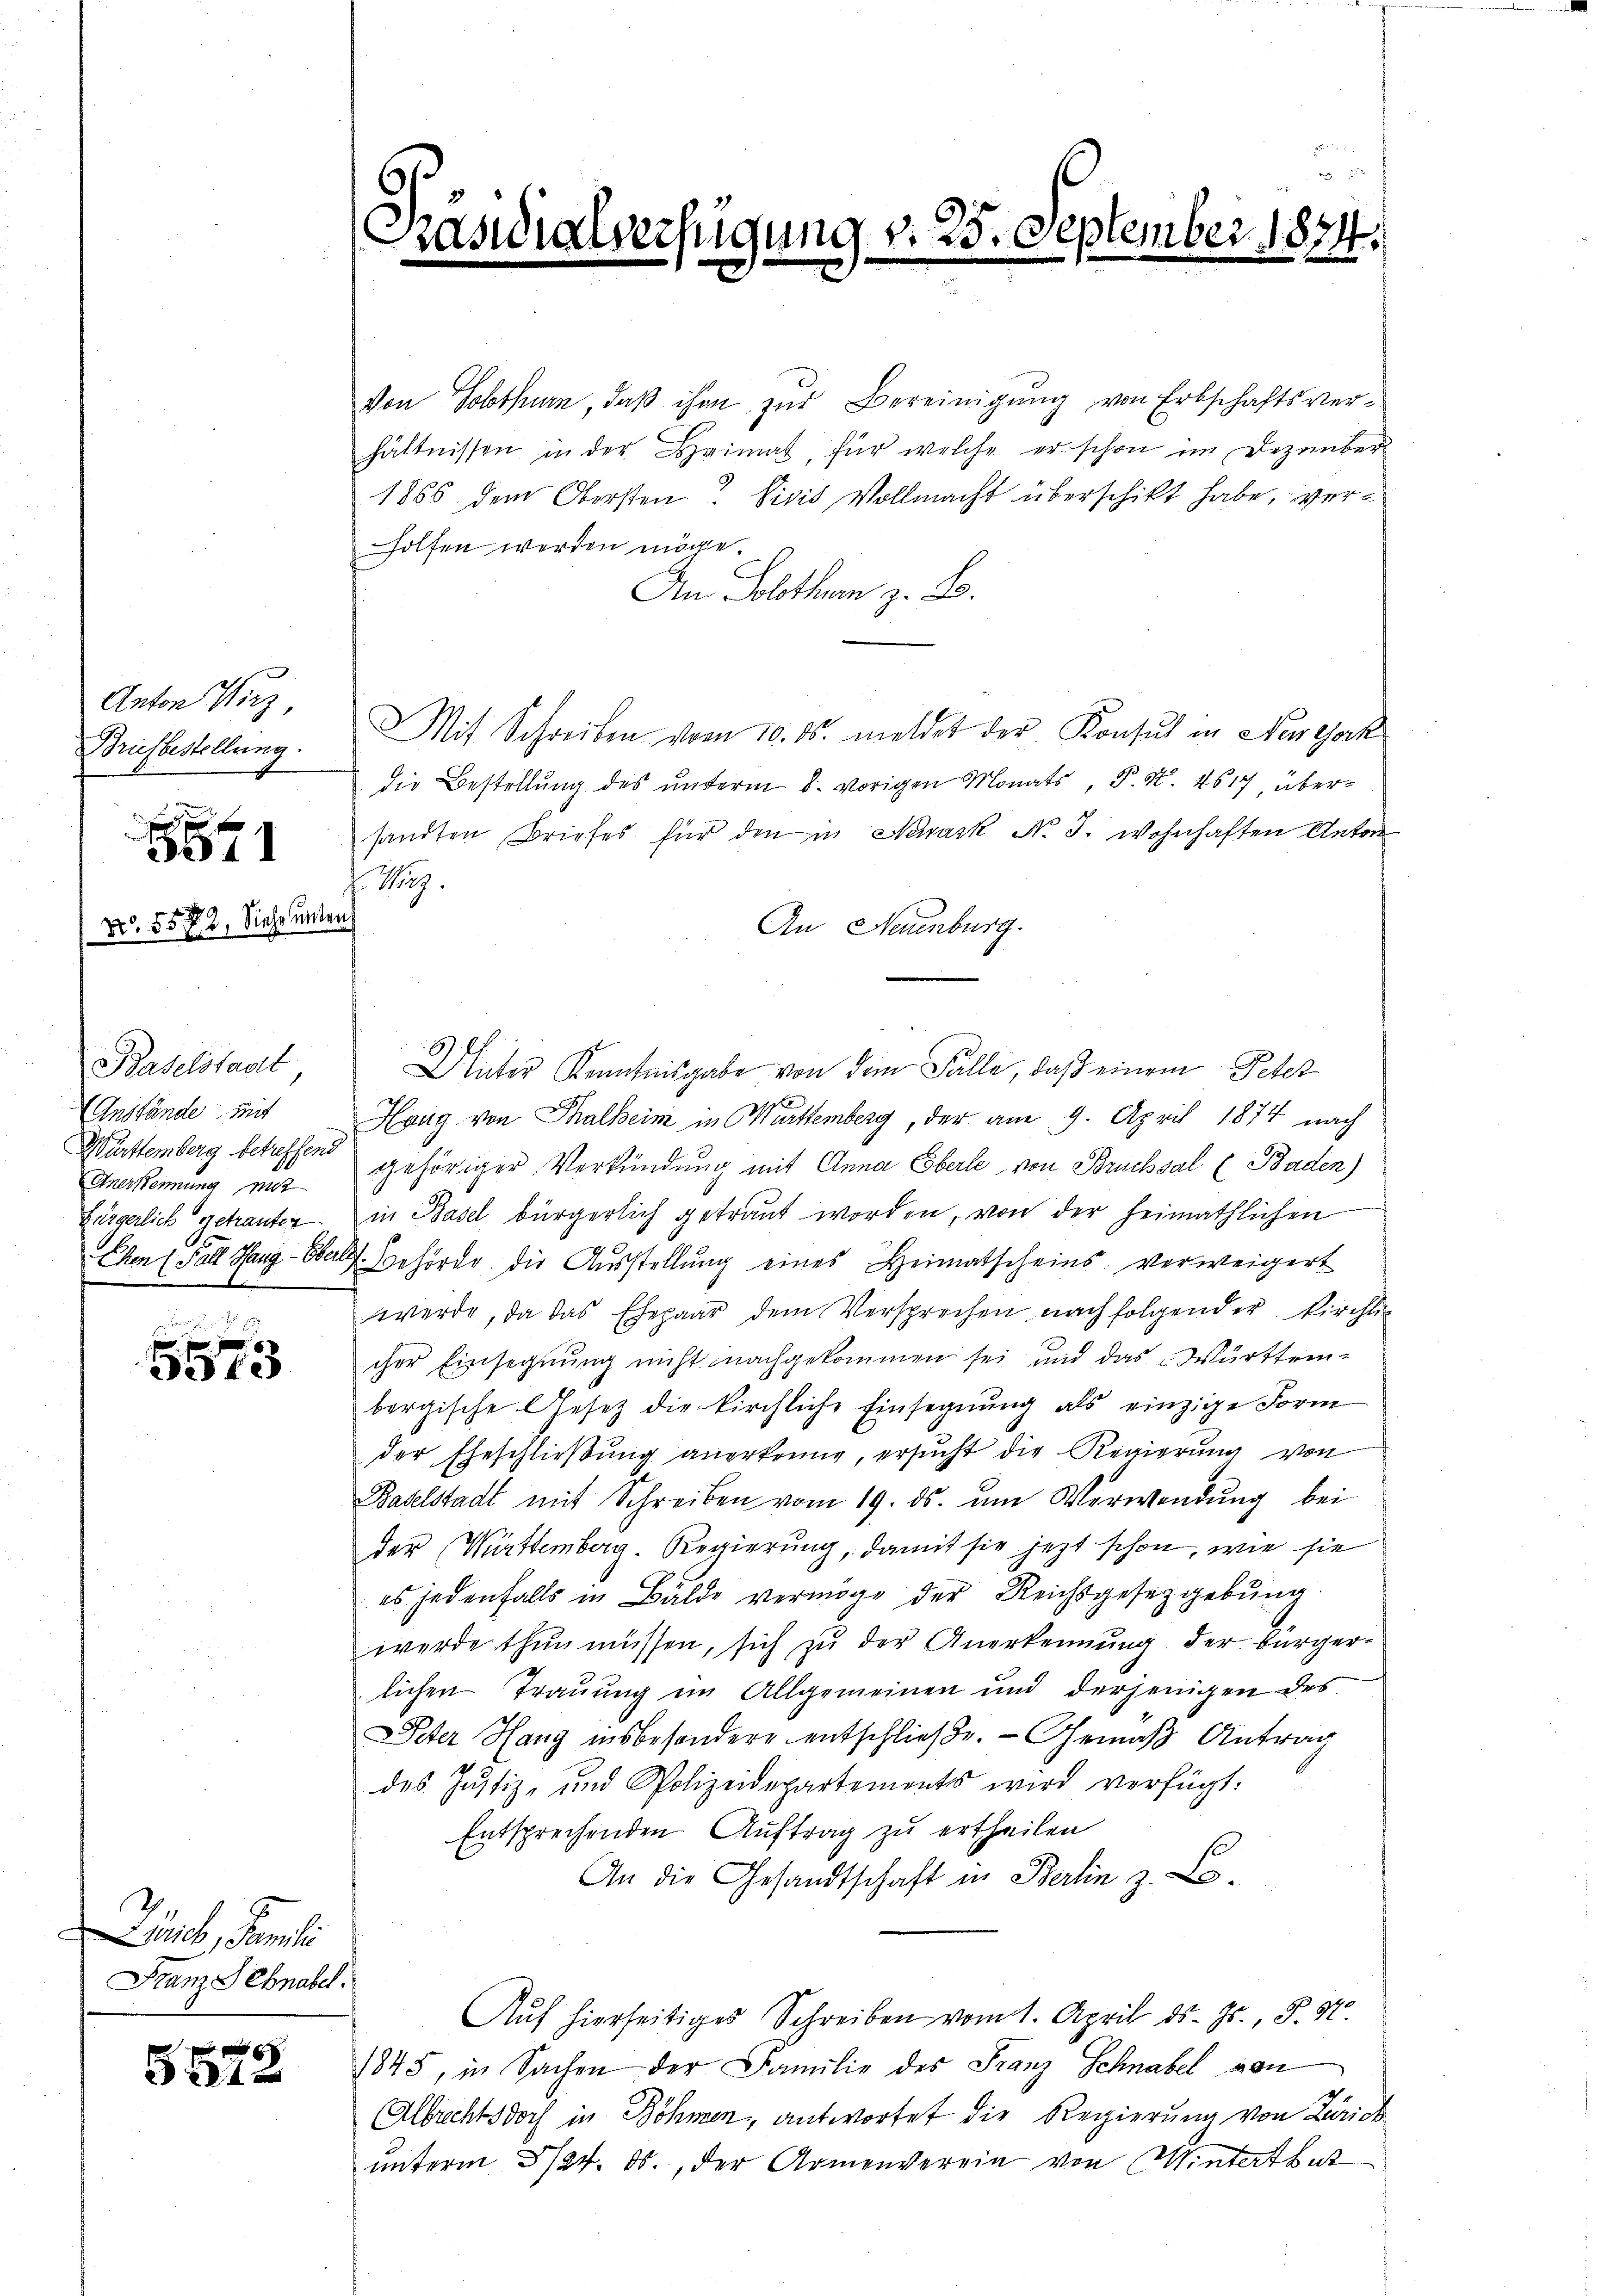
Anton Wirz,
Brüesbestellung.

1

No. 5572, Siehe unten

Baselstadt
Anstände mit
Anerkennung mit
Bürgerlich getrauten
E

5573

nck, Famili
Franz Schnabel.

24 x

Pacisi

s
verfügung v. 25. September 1874

von Solothurn, daß ihm zur Bereinigung von Erbschaftsverhältnissen in der Heimat, für welche er schon im Dezember
1856 dem Obersten. Visis Vollmacht überschickt habe, verholfen werden möge.
An Solothur z. B.
Mit Schreiben vom 10. ds. meldet der Konsul in Nestock
die Bestellung des ŭnterm 8. vorigen Monats, P. Nr. 4617, übersandten Briefes für den in Newark No. 3. wohnhaften Anton
Mz.
An Neuenburg.
Unter Kenntnisgabe von dem Fälle, daß einem Peter
Hang von Thalheim in Württemberg, der am 9. April 1874 nach
Württemberg behaften gehöriger Verkündung mit Anna Eberle von Brucksal (Baden)
in Basel bürgerlich getraut worden, von der heimathlichen
Chen Fall Hang-Ober Behörde die Ausstellung eines Heimatscheins, verweigert
werde, da das Ehepaar dem Versprechen nach folgender kirchlic
cher Einsegnung nicht nachgekommen sei und das Württembergische Gesetz die kirchliche Einsegnung als einzige Form
der Eheschlieβŭng anerkenne, ersŭcht die Regierŭng von
Baselstadt mit Schreiben vom 19. ds. ŭm Verwendŭng bei
der Württemberg. Regierung, damit sie jezt schon, wie sie
es jedenfalls in Bälde vermöge der Reichsgesetzgebung.
werde thun müssen, sich zu der Anerkennung der Bürgerlichen Trauung im Allgemeinen und derjenigen des
Peter Hang insbesondere entschließe. — Gemäß Antrag
des Justiz- und Polizeidepartements wird verfügt:
Entsprechenden Auftrag zu ertheilen
An die Gesandtschaft in Berlin z. Lo
Auf hierseitiges Schreiben vom 1. April d. Js., S. 87.
1845, in Sachen der Familie des Franz Schnabel von
Albrechtsdoch in Böhmen, antwortet die Regierung von Zürich
unterm 3/24. ds., der Armenverein von Winterthut